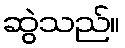
ဆွဲသည်။